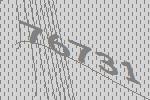
76731